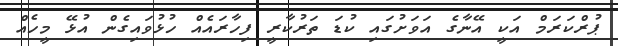
ޕުރްކަރަމް އަކީ އޭނާގެ އަވަށުގައި ކުޑަ ތަރުކާރީ ފިހާރައެއް ހުޅުވައިގެން އުޅޭ މީހެއް